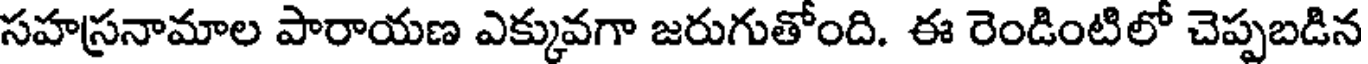
సహస్రనామాల పారాయణ ఎక్కువగా జరుగుతోంది. ఈ రెండింటిలో చెప్పబడిన